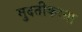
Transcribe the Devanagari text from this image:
मुदतीकरता